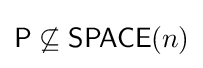
{\mathsf {P}}\not \subseteq {\mathsf {SPACE}}(n)